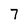
Character: 7